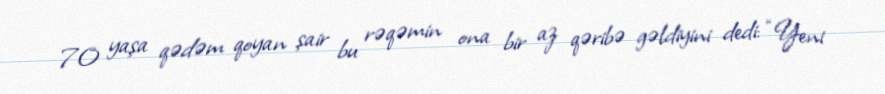
70 yaşa qədəm qoyan şair bu rəqəmin ona bir az qəribə gəldiyini dedi: “Yeni